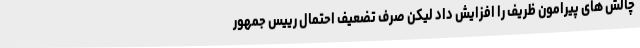
چالش های پیرامون ظریف را افزایش داد لیکن صرف تضعیف احتمال رییس جمهور